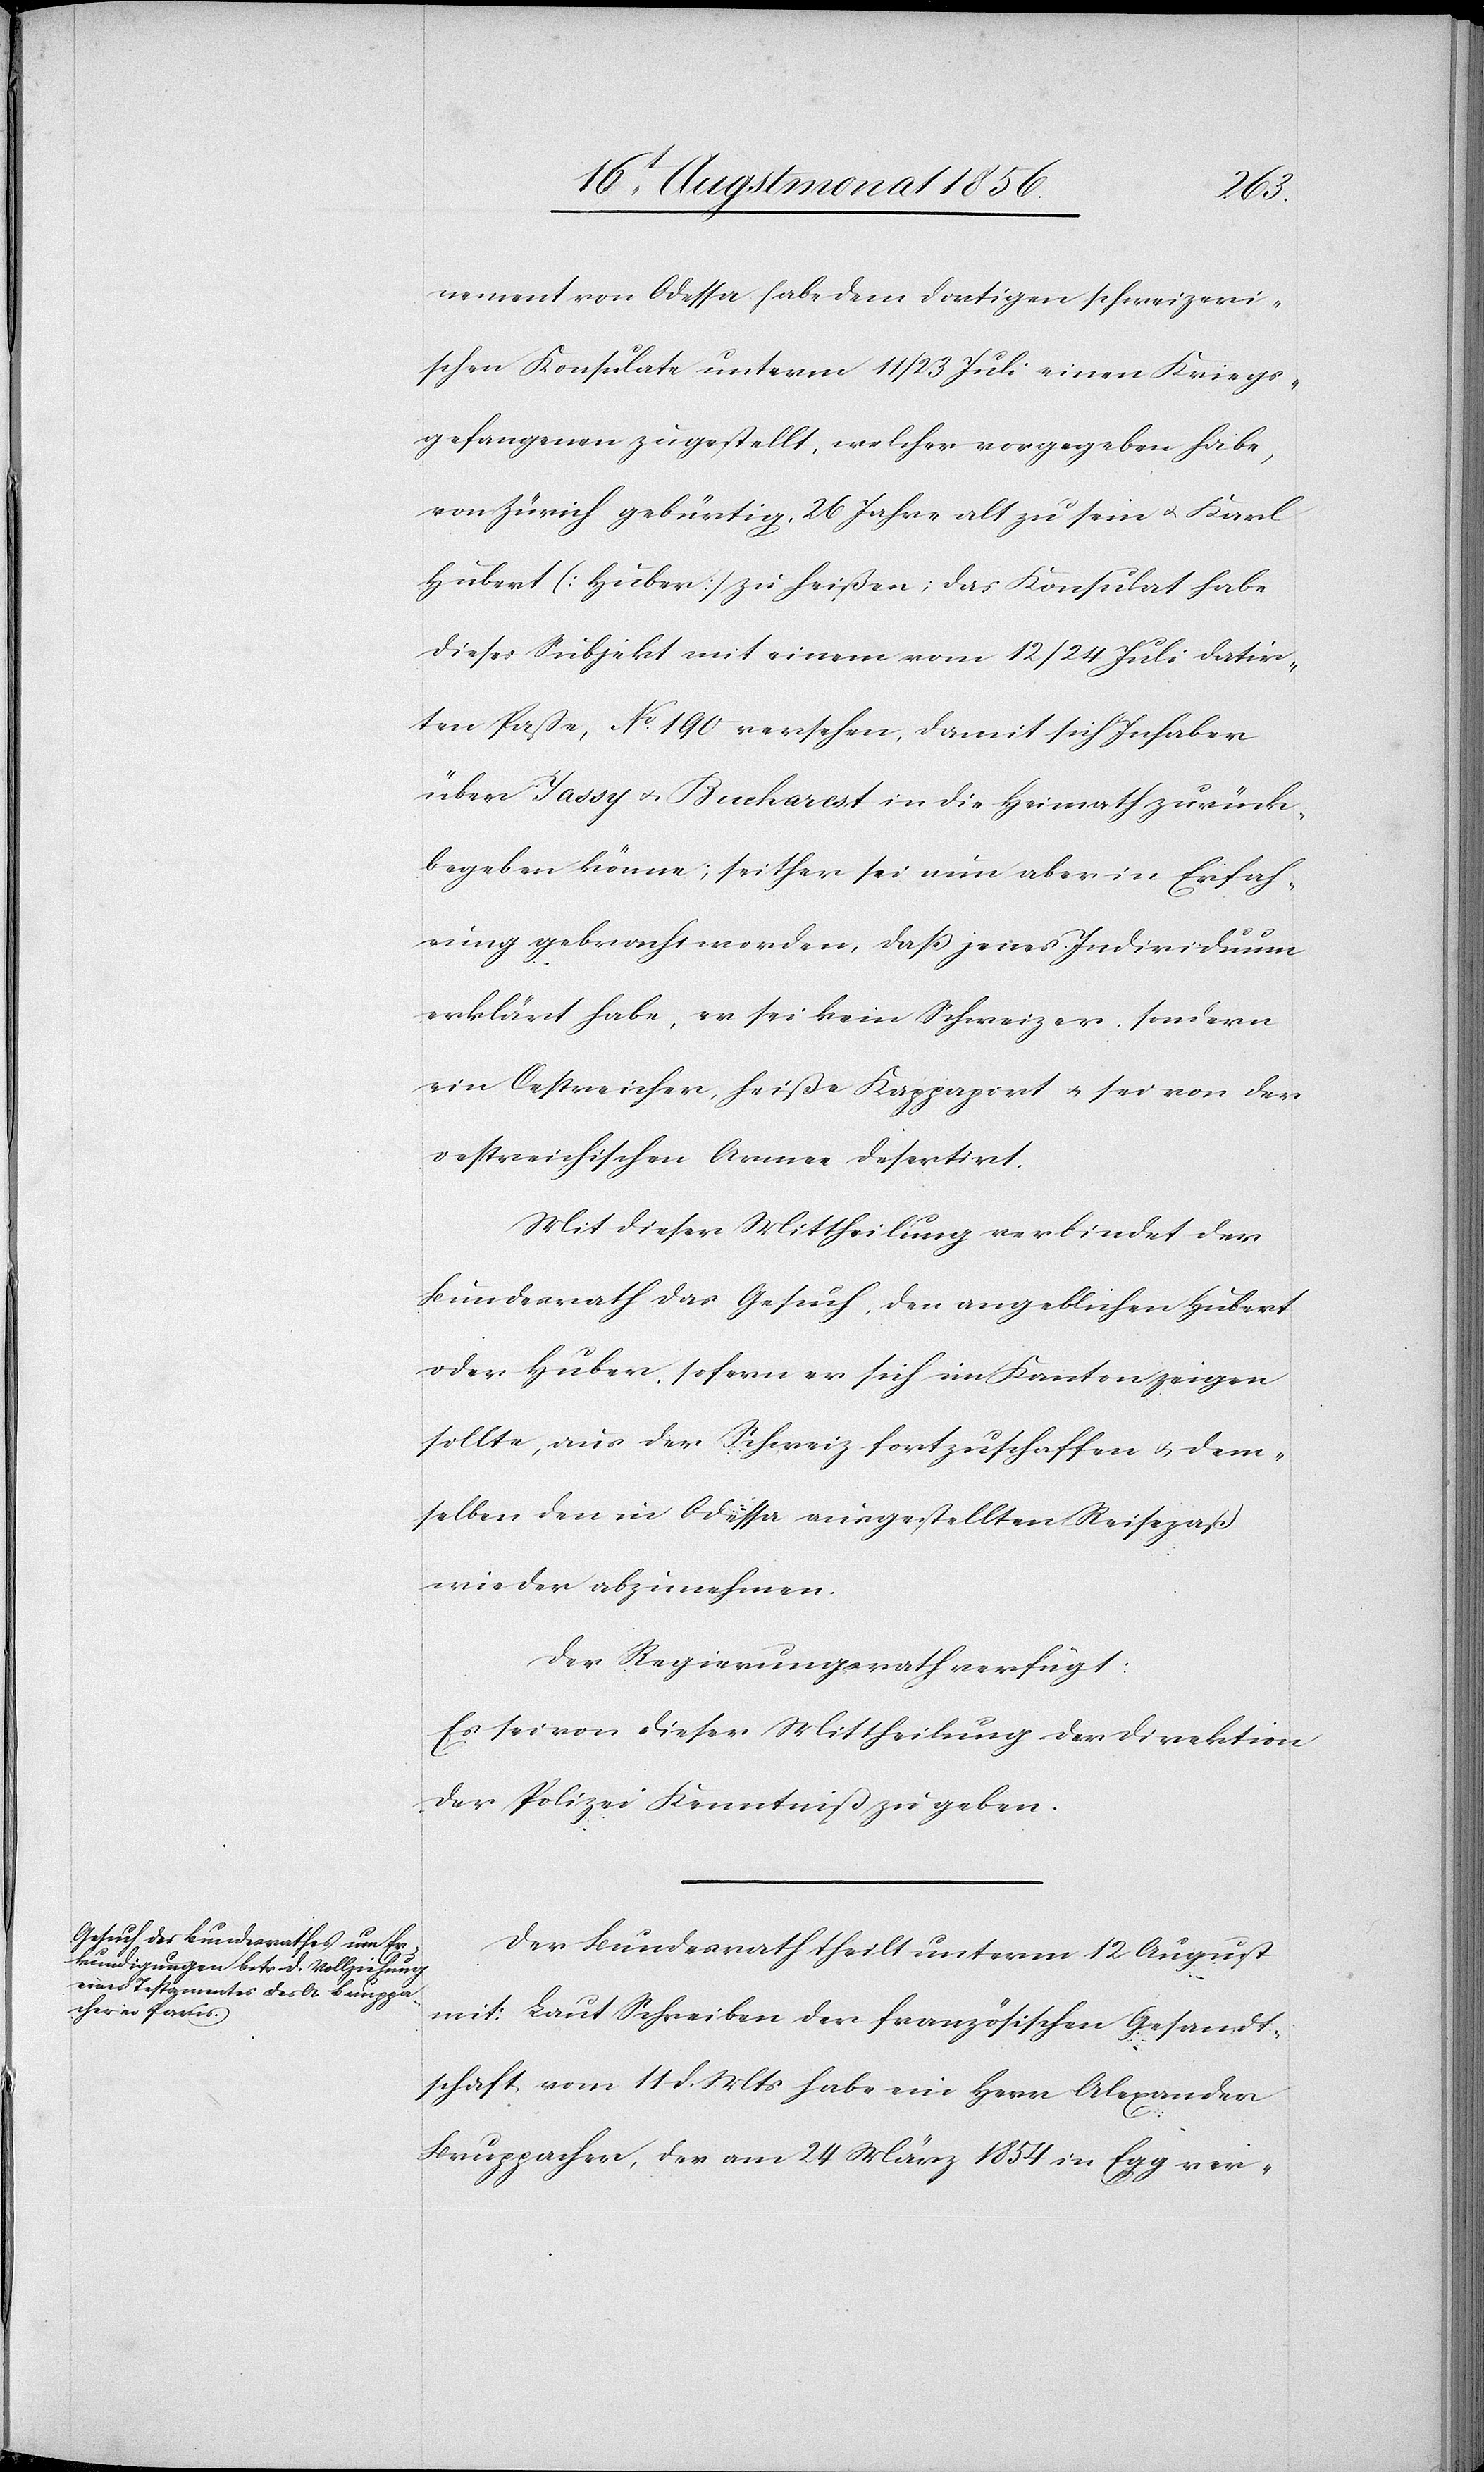
nement von Odessa habe dem dortigen schweizeri¬
schen Konsulate unterm 11/23 Juli einen Kriegs¬
gefangenen zugestellt, welcher vorgegeben habe,
von Zürich gebürtig, 26 Jahre alt zu sein u. Karl
Hubert [Huber] zu heißen; das Konsulat habe
dieses Subjekt mit einem vom 12/24 Juli datir¬
ten Paße, No 190 versehen, damit sich Inhaber
über Jassy u. Bucharest in die Heimath zurück¬
begeben könne; seither sei nun aber in Erfah¬
rung gebracht worden, daß jenes Individuum
erklärt habe, er sei kein Schweizer, sondern
ein Oestreicher, heiße Kappaport u. sei von der
oestreichischen Armee desertirt.
Mit dieser Mittheilung verbindet der
Bundesrath das Gesuch, den angeblichen Hubert
oder Huber, sofern er sich im Kanton zeigen
sollte, aus der Schweiz fortzuschaffen u. dem¬
selben den in Odessa ausgestellten Reisepaß
wieder abzunehmen.
Der Regierungsrath verfügt:
Es sei von dieser Mittheilung der Direktion
der Polizei Kenntniß zu geben.
Der Bundesrath theilt unterm 12 August
mit: Laut Schreiben der französischen Gesandt¬
schaft vom 11 d. Mts habe ein Herr Alexander
Bruppacher, der am 24 März 1854 in Egg ver-